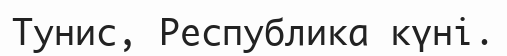
Тунис, Республика күні.